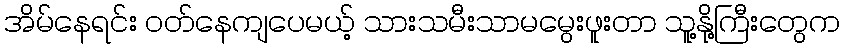
အိမ်နေရင်း ဝတ်နေကျပေမယ့် သားသမီးသာမမွေးဖူးတာ သူ့နို့ကြီးတွေက